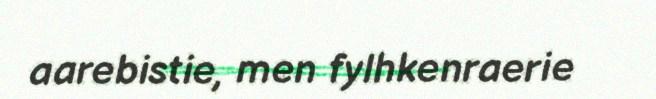
aarebistie, men fylhkenraerie